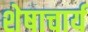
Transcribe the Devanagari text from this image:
शेषाचार्य